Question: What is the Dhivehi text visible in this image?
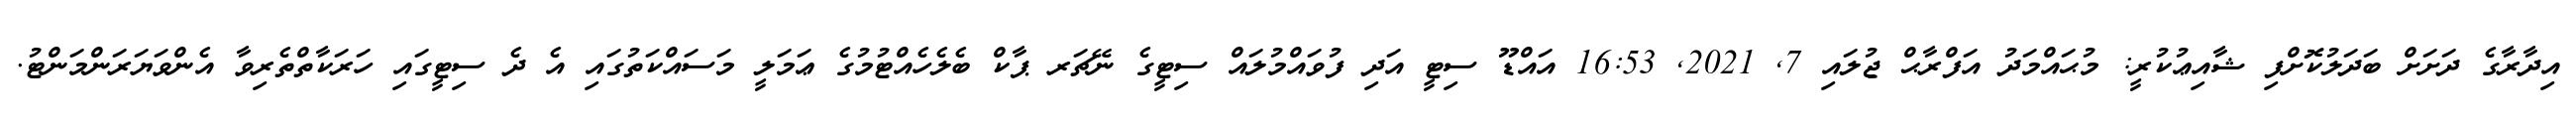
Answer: އިދާރާގެ ދަށަށް ބަދަލުކޮށްފި ޝާއިޢުކުރީ: މުޙައްމަދު އަފްރާޙް ޖުލައި 7, 2021, 16:53 އައްޑޫ ސިޓީ އަދި ފުވައްމުލައް ސިޓީގެ ނޭޗަރ ޕާކް ބެލެހެއްޓުމުގެ ޢަމަލީ މަސައްކަތުގައި އެ ދެ ސިޓީގައި ހަރަކާތްތެރިވާ އެންވަޔަރަންމަންޓު.